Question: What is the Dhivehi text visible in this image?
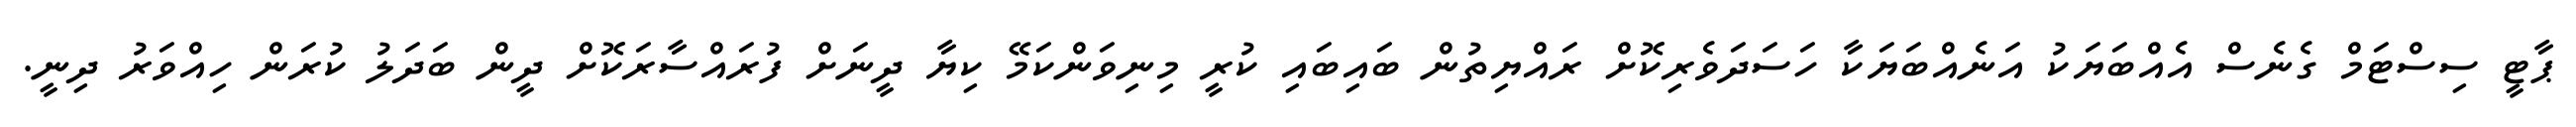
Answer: ޕާޓީ ސިސްޓަމް ގެނެސް އެއްބަޔަކު އަނެއްބަޔަކާ ހަސަދަވެރިކޮށް ރައްޔިތުން ބައިބައި ކުރީ މިނިވަންކަމޭ ކިޔާ ދީނަށް ފުރައްސާރަކޮށް ދީން ބަދަލު ކުރަން ހިއްވަރު ދިނީ.